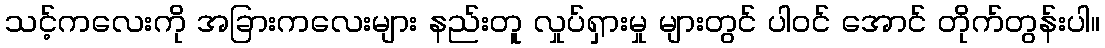
သင့်ကလေးကို အခြားကလေးများ နည်းတူ လှုပ်ရှားမှု များတွင် ပါဝင် အောင် တိုက်တွန်းပါ။